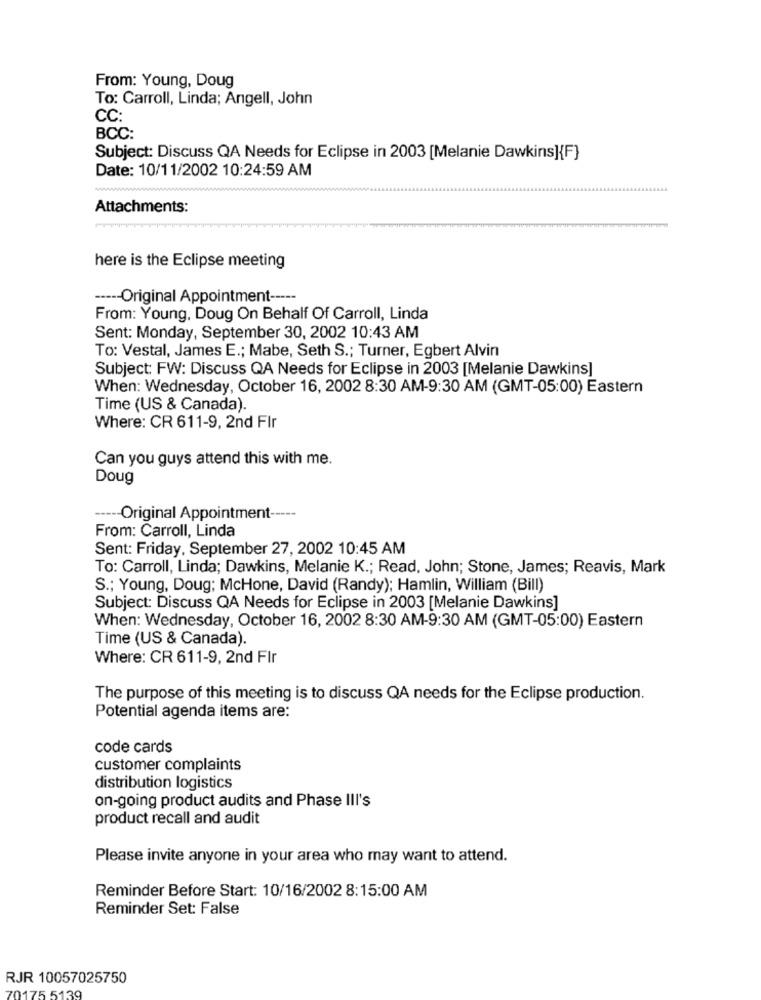
From: Young, Doug
To: Carroll, Linda; Angell, John
CC:
BCC:
Subject: Discuss QA Needs for Eclipse in 2003 [Melanie Dawkins]{F}
Date: 10/11/2002 10:24:59 AM
Attachments:
here is the Eclipse meeting
----- Original Appointment -----
From: Young, Doug On Behalf Of Carroll, Linda
Sent: Monday, September 30, 2002 10:43 AM
To: Vestal, James E .; Mabe, Seth S .; Turner, Egbert Alvin
Subject: FW: Discuss QA Needs for Eclipse in 2003 [Melanie Dawkins]
When: Wednesday, October 16, 2002 8:30 AM-9:30 AM (GMT-05:00) Eastern
Time (US & Canada).
Where: CR 611-9, 2nd FIr
Can you guys attend this with me.
Doug
----- Original Appointment -----
From: Carroll, Linda
Sent: Friday, September 27, 2002 10:45 AM
To: Carroll, Linda; Dawkins, Melanie K .; Read, John; Stone, James; Reavis, Mark
S .; Young, Doug; McHone, David (Randy); Hamlin, William (Bill)
Subject: Discuss QA Needs for Eclipse in 2003 [Melanie Dawkins]
When: Wednesday, October 16, 2002 8:30 AM-9:30 AM (GMT-05:00) Eastern
Time (US & Canada).
Where: CR 611-9, 2nd FIr
The purpose of this meeting is to discuss QA needs for the Eclipse production.
Potential agenda items are:
code cards
customer complaints
distribution logistics
on-going product audits and Phase III's
product recall and audit
Please invite anyone in your area who may want to attend.
Reminder Before Start: 10/16/2002 8:15:00 AM
Reminder Set: False
RJR 10057025750
175 5139